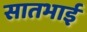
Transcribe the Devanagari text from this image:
सातभाई